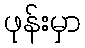
ဖုန်းမှာ